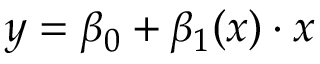
y = \beta _ { 0 } + \beta _ { 1 } ( x ) \cdot x